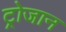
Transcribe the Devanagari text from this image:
ट्रोजान